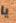
يا